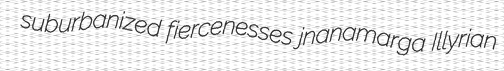
suburbanized fiercenesses jnanamarga Illyrian